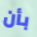
بأن